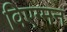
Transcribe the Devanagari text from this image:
विएग्मन